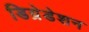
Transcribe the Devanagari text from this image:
डिग्रेडेशन